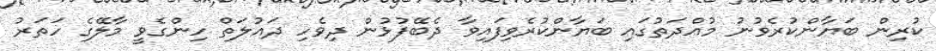
ކުރިން ބަޔާންކުރެވުނު މުއްދަތުގައި ބަޔާންކުރެވިފައިވާ ދެބޭފުޅުން ދިވެހި ދައުލަތް ހިންގެވީ މާލޭގެ ހަތަރު